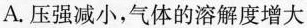
A.压强减小，气体的溶解度增大